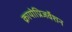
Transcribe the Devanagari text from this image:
क्रायोप्रिजर्वेशन